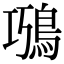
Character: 𩿸